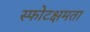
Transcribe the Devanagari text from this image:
स्फोटक्षमता